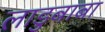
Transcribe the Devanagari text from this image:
लाडुबाबा